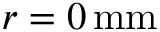
r = 0 \, \mathrm { m m }